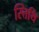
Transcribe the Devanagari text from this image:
स्त्तिथि